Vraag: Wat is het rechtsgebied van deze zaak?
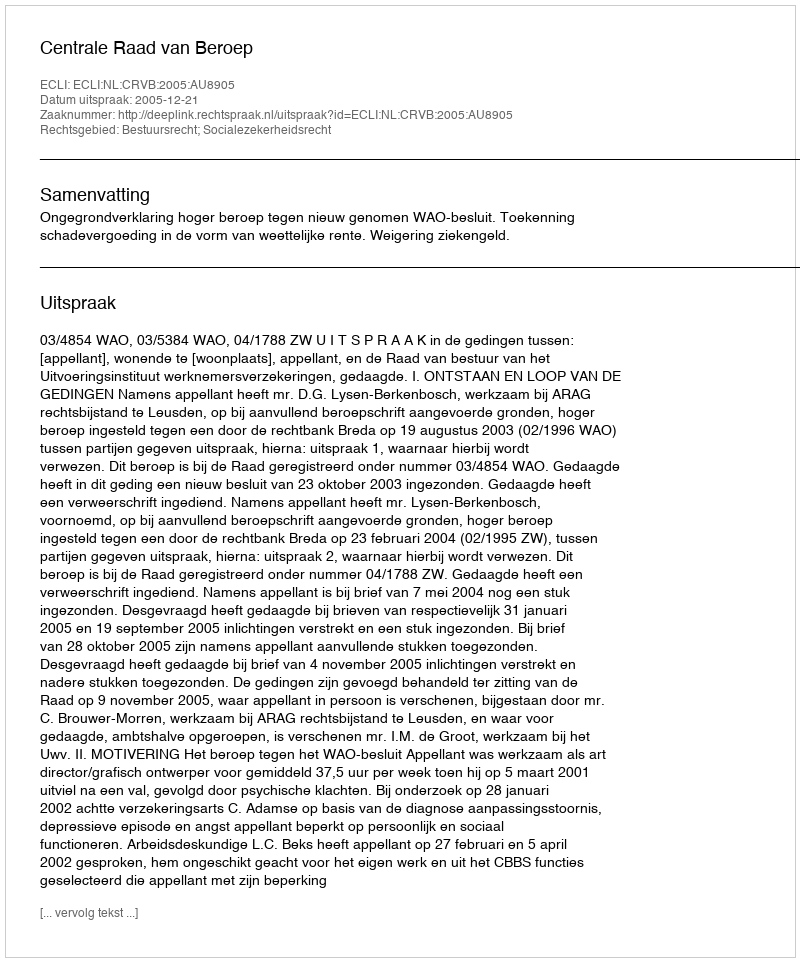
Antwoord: Bestuursrecht; Socialezekerheidsrecht